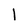
Character: l